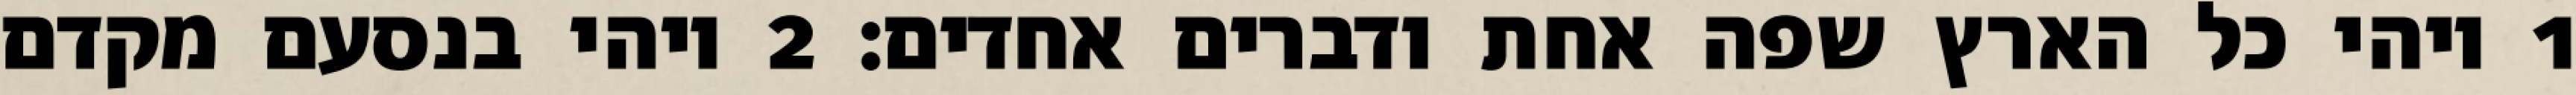
1 ויהי כל הארץ שפה אחת ודברים אחדים׃ ‎2‏ ויהי בנסעם מקדם